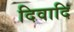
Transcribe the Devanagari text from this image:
दिवादि